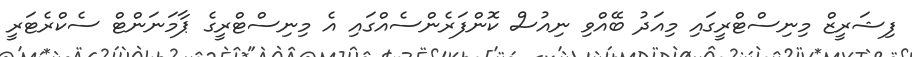
ފިޝަރީޒް މިނިސްޓްރީގައި މިއަދު ބޭއްވި ނިއުސް ކޮންފަރެންސެއްގައި އެ މިނިސްޓްރީގެ ޕާމަނަންޓް ސެކްރެޓަރީ